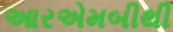
આરએમબીથી